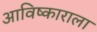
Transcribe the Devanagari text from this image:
आविष्काराला